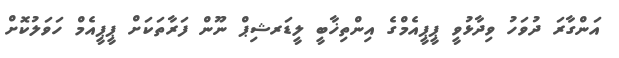
އަންގާރަ ދުވަހު ވިދާޅުވީ ޕީޕީއެމްގެ އިންތިޚާބީ ލީޑަރޝިޕް ނޫން ފަރާތަކަށް ޕީޕީއެމް ހަވަލުކޮށް